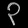
Digit: ၃